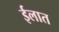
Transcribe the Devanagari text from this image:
ईलात